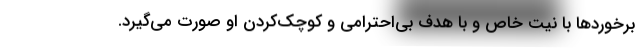
برخوردها با نیت خاص و با هدف بی‌احترامی و کوچک‌کردن او صورت می‌گیرد.